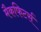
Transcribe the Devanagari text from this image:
मैकफिटर्स